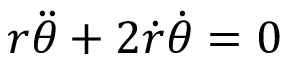
r { \ddot { \theta } } + 2 { \dot { r } } { \dot { \theta } } = 0